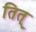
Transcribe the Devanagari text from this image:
तित्